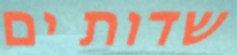
שדות ים